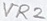
Text: VR2